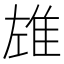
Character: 𨾬